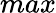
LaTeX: max